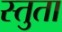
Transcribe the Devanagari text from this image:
स्तुता